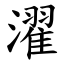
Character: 濯